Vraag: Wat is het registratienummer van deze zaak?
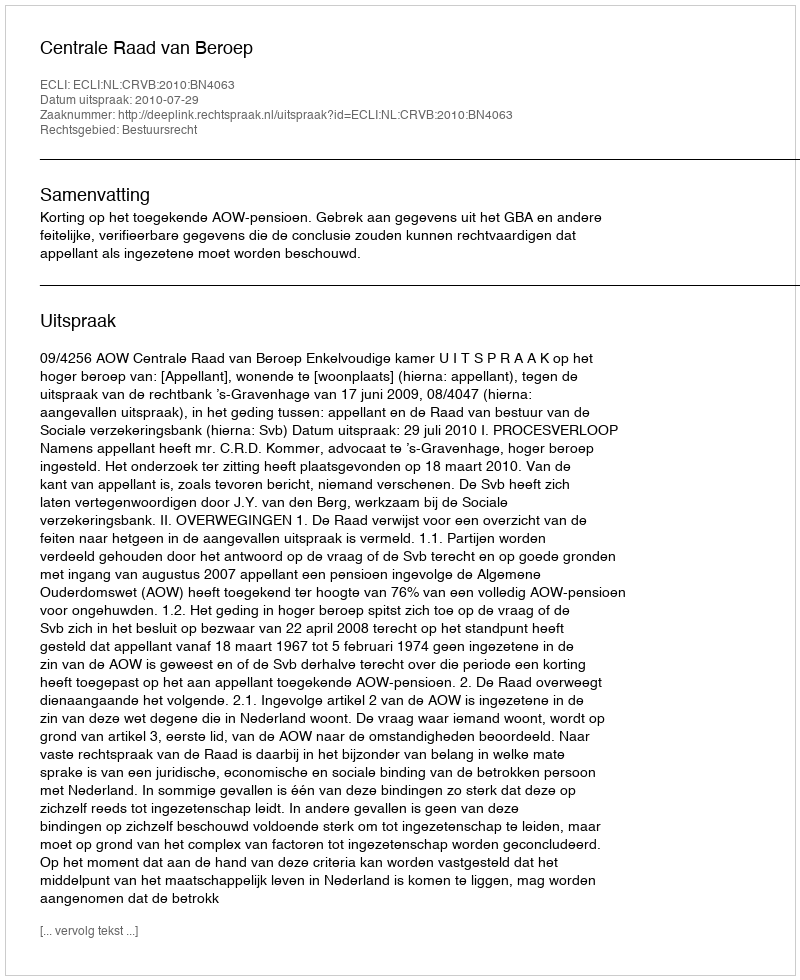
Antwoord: http://deeplink.rechtspraak.nl/uitspraak?id=ECLI:NL:CRVB:2010:BN4063